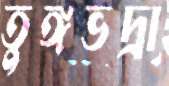
তুঙ্গভদ্রা